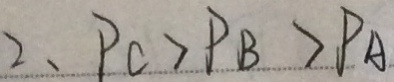
2 、 P C > P B > P A